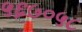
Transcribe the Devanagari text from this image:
५६७०५८